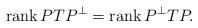
LaTeX: \begin{align*}\mathrm{rank}\, P T P^\perp = \mathrm{rank}\, P^\perp T P. \end{align*}